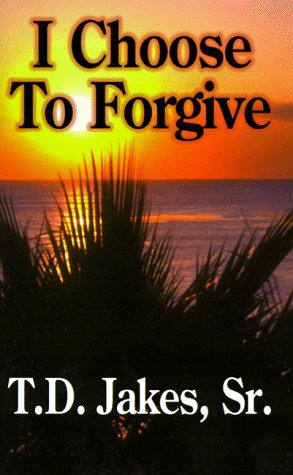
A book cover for I Choose to Forgive (10-Pack); T. D. Jakes; Christian Books & Bibles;